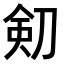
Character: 𠝏